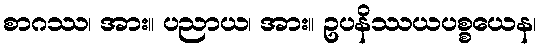
စာဂဿ၊ အား။ ပညာယ၊ အား။ ဥပနိဿယပစ္စယေန၊